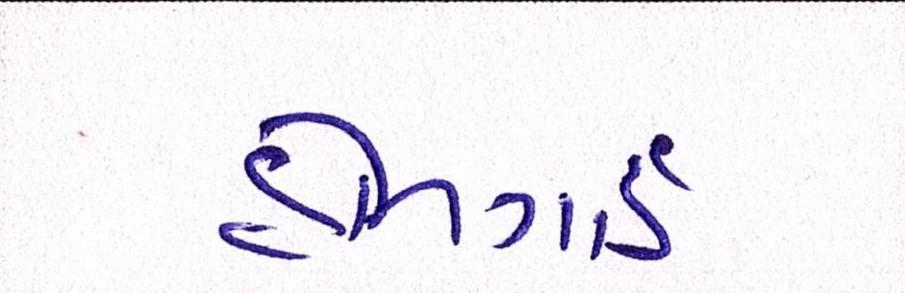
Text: હોમગાર્ડ